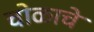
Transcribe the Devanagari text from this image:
चोळाचे